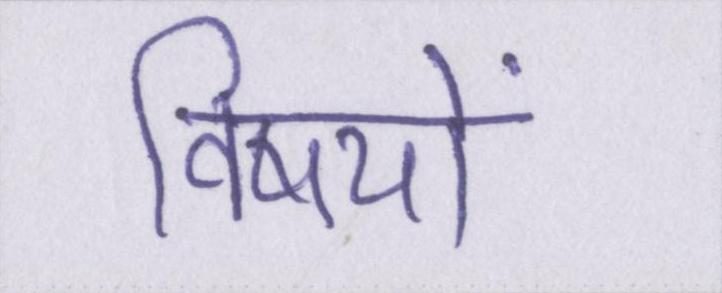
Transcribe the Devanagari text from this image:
विषयों